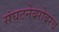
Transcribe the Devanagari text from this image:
संघटनेबरोबरच